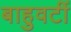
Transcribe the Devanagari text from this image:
बाहुवटीं